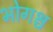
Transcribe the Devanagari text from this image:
भोगश्च